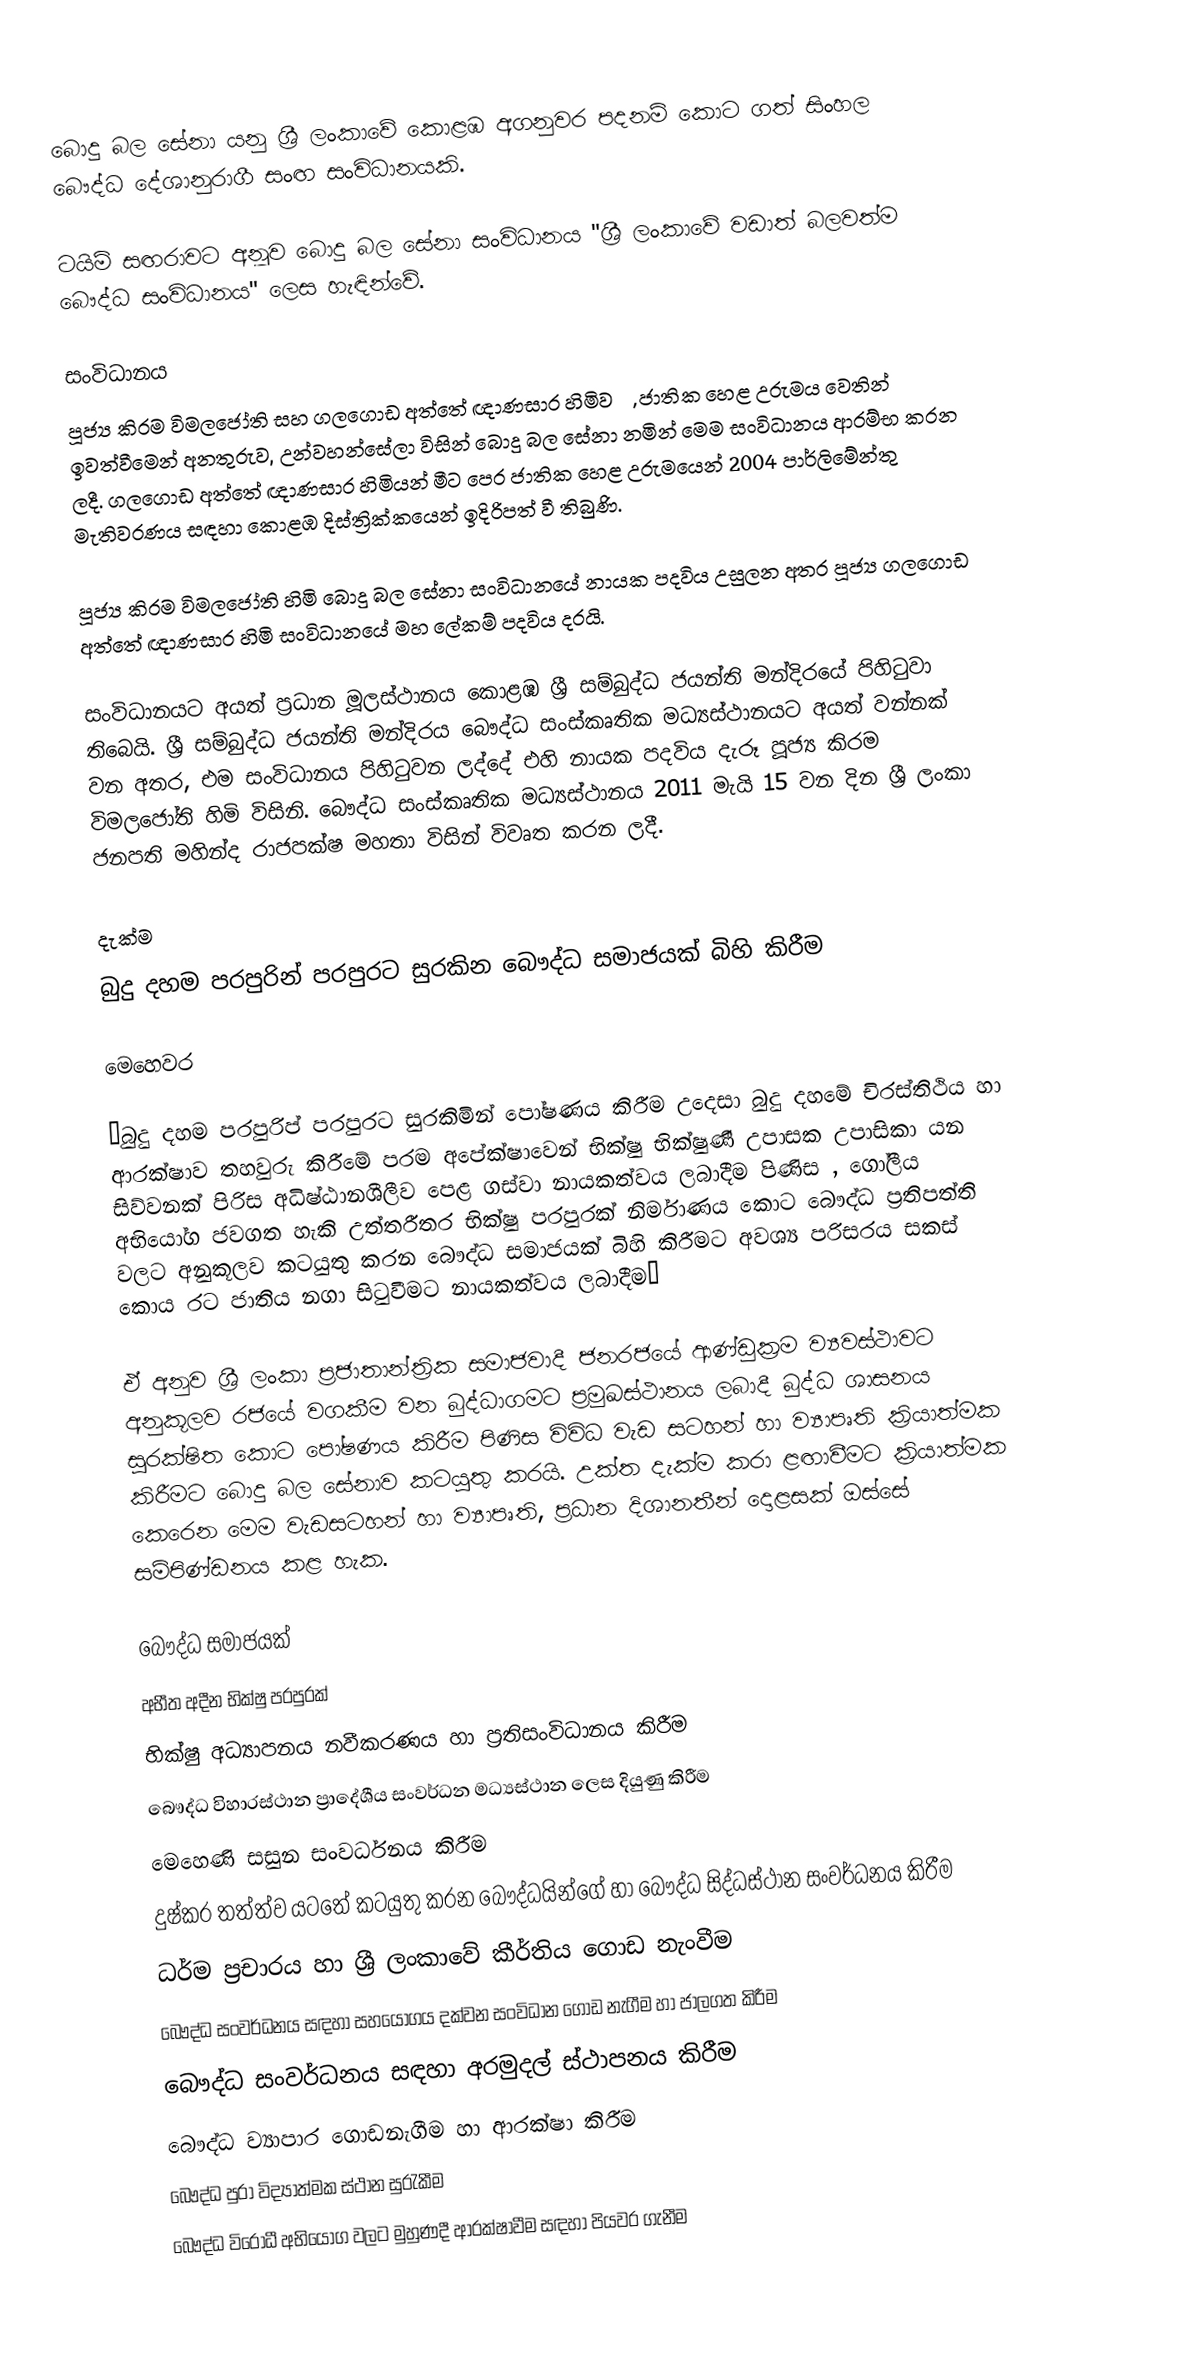
බොදු බල සේනා යනු ශ්‍රී ලංකාවේ කොළඹ අගනුවර පදනම් කොට ගත් සිංහල බෞද්ධ දේශානුරාගී සංඟ සංවිධානයකි.

ටයිම් සඟරාවට අනූව බොදු බල සේනා සංවිධානය "ශ්‍රී ලංකාවේ වඩාත් බලවත්ම බෞද්ධ සංවිධානය" ලෙස හැඳින්වේ.

සංවිධානය
පූජ්‍ය කිරම විමලජෝති සහ ගලගොඩ අත්තේ ඥාණසාර හිමිවරු, ජාතික හෙළ උරුමය වෙතින් ඉවත්වීමෙන් අනතුරුව, උන්වහන්සේලා විසින් බොදු බල සේනා නමින් මෙම සංවිධානය ආරම්භ කරන ලදී. ගලගොඩ අත්තේ ඥාණසාර හිමියන් මීට පෙර ජාතික හෙළ උරුමයෙන් 2004 පාර්ලිමේන්තු මැතිවරණය සඳහා කොළඹ දිස්ත්‍රික්කයෙන් ඉදිරිපත් වී තිබුණි.

පූජ්‍ය කිරම විමලජෝති හිමි බොදු බල සේනා සංවිධානයේ නායක පදවිය උසුලන අතර පූජ්‍ය ගලගොඩ අත්තේ ඥාණසාර හිමි සංවිධානයේ මහ ලේකම් පදවිය දරයි.

සංවිධානයට අයත් ප්‍රධාන මූලස්ථානය කොළඹ ශ්‍රී සම්බුද්ධ ජයන්ති මන්දිරයේ පිහිටුවා තිබෙයි. ශ්‍රී සම්බුද්ධ ජයන්ති මන්දිරය බෞද්ධ සංස්කෘතික මධ්‍යස්ථානයට අයත් වන්නක් වන අතර, එම සංවිධානය පිහිටුවන ලද්දේ එහි නායක පදවිය දැරූ පූජ්‍ය කිරම විමලජෝති හිමි විසිනි. බෞද්ධ සංස්කෘතික මධ්‍යස්ථානය 2011 මැයි 15 වන දින ශ්‍රී ලංකා ජනපති මහින්ද රාජපක්ෂ මහතා විසින් විවෘත කරන ලදී.

දැක්ම
බුදු දහම පරපුරින් පරපුරට සුරකින බෞද්ධ සමාජයක් බිහි කිරීම

මෙහෙවර

“බුදු දහම පරපුරිප් පරපුරට සුරකිමින් පෝෂණය කිරීම උදෙසා බුදු දහමේ චිරස්තිථිය හා  ආරක්ෂාව තහවුරු කිරීමේ පරම අපේක්ෂාවෙන් භික්ෂු භික්ෂුණී උපාසක උපාසිකා යන සිව්වනක් පිරිස අධිෂ්ඨානශීලීව  පෙළ ගස්වා නායකත්වය ලබාදීම පිණිස , ගෝලීය අභියෝග ජවගත හැකි උත්තරීතර භික්ෂු පරපුරක් නිර්මාණය කොට බෞද්ධ ප්‍රතිපත්ති වලට අනුකූලව කටයුතු කරන බෞද්ධ සමාජයක් බිහි කිරීමට අවශ්‍ය පරිසරය  සකස් කොය රට ජාතිය නගා සිටුවීමට නායකත්වය ලබාදීම”

ඒ අනුව ශ්‍රී ලංකා ප්‍රජාතාන්ත්‍රික සමාජවාදී ජනරජයේ ආණ්ඩුක්‍රම ව්‍යවස්ථාවට අනුකූලව රජයේ වගකීම වන බුද්ධාගමට ප්‍රමුඛස්ථානය ලබාදී බුද්ධ ශාසනය සුරක්ෂිත කොට පෝෂණය කිරීම පිණිස විවිධ වැඩ සටහන් හා ව්‍යාපෘති ක්‍රියාත්මක කිරීමට බොදු බල සේනාව කටයුතු කරයි. උක්ත දැක්ම කරා ළඟාවීමට ක්‍රියාත්මක කෙරෙන මෙම වැඩසටහන් හා ව්‍යාපෘති, ප්‍රධාන දිශානතීන් දොළසක් ඔස්සේ සම්පිණ්ඩනය කළ හැක.

  බෞද්ධ සමාජයක්
  අභීත අදීන භික්ෂු පරපුරක්
  භික්ෂු අධ්‍යාපනය නවීකරණය හා ප්‍රතිසංවිධානය කිරීම
  බෞද්ධ විහාරස්ථාන ප්‍රාදේශීය  සංවර්ධන මධ්‍යස්ථාන ලෙස දියුණු කිරීම
  මෙහෙණි සසුන සංවර්ධනය කිරීම
   දුෂ්කර තත්ත්ව යටතේ කටයුතු කරන බෞද්ධයින්ගේ හා බෞද්ධ සිද්ධස්ථාන සංවර්ධනය කිරීම
  ධර්ම ප්‍රචාරය හා ශ්‍රී ලංකාවේ කීර්තිය ගොඩ නැංවීම
  බෞද්ධ සංවර්ධනය සඳහා සහයෝගය දක්වන සංවිධාන ගොඩ නැගීම හා ජාලගත කිරීම
   බෞද්ධ සංවර්ධනය සඳහා අරමුදල් ස්ථාපනය කිරීම
   බෞද්ධ ව්‍යාපාර ගොඩනැගීම හා ආරක්ෂා කිරීම
   බෞද්ධ පුරා විද්‍යාත්මක ස්ථාන සුරැකීම
  බෞද්ධ විරෝධී අභියෝග වලට මුහුණදී ආරක්ෂාවීම සඳහා පියවර ගැනීම